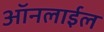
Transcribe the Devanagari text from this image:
ऑनलाईल